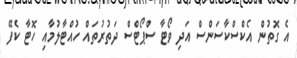
އެ ގޮތުން އެކްސްކާސަންސް އަދި ވޯޓާ ސްޕޯޓްސް ދަތުރުތައް ހުއްޓާލުމާއި ހޮޓާ ކެފޭ